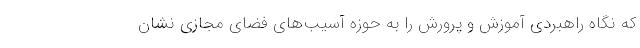
که نگاه راهبردی آموزش و پرورش را به حوزه آسیب‌های فضای مجازی نشان